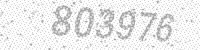
Solution: 803976